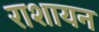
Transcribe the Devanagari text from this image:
राशायन